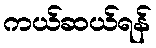
ကယ်ဆယ်ရန်